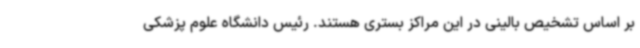
بر اساس تشخیص بالینی در این مراکز بستری هستند. رئیس دانشگاه علوم پزشکی